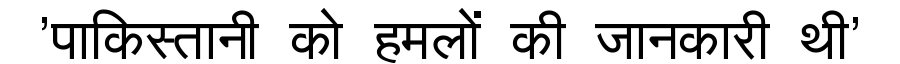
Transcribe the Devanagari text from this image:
'पाकिस्तानी को हमलों की जानकारी थी'